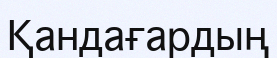
Қандағардың